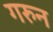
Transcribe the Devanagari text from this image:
गरुन